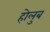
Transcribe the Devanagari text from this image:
होलुब